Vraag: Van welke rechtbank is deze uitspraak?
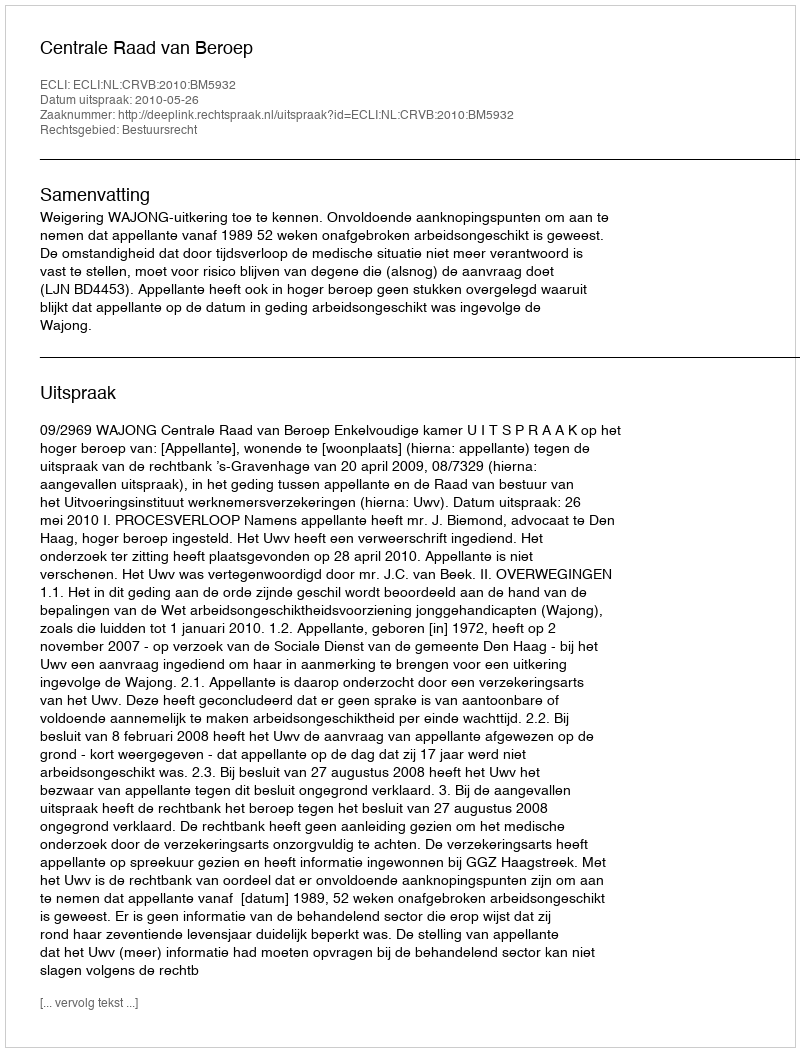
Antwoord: Centrale Raad van Beroep